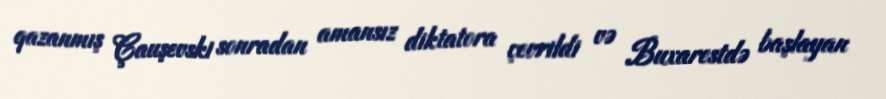
qazanmış Çauşevski sonradan amansız diktatora çevrildi və Buxarestdə başlayan